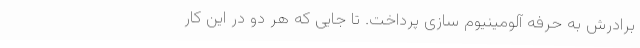
برادرش به حرفه آلومینیوم سازی پرداخت. تا جایی که هر دو در این کار